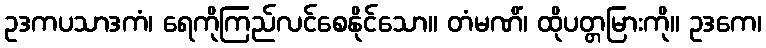
ဥဒကပသာဒကံ၊ ရေကိုကြည်လင်စေနိုင်သော။ တံမဏိံ၊ ထိုပတ္တမြားကို။ ဥဒကေ၊